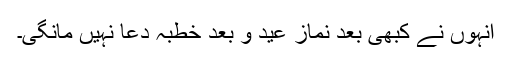
انہوں نے کبھی بعد نماز عید و بعد خطبہ دعا نہیں مانگی۔